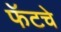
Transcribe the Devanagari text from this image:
फॅटचे